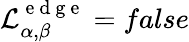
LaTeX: \mathcal{L}_{\alpha,\beta}^{\mathrm{~e~d~g~e~}}=false